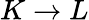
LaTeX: K\rightarrow L